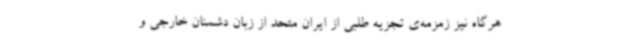
هرگاه نیز زمزمه‌ی تجزیه طلبی از ایران متحد از زبان دشمنان خارجی و